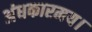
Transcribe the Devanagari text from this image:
अंधकारमय।